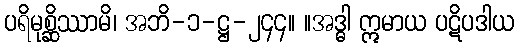
ပရိမုစ္ဆိဿာမိ၊ အဘိ-၁-ဋ္ဌ-၂၄၄။ ။အဒ္ဓါ ဣမာယ ပဋိပဒါယ